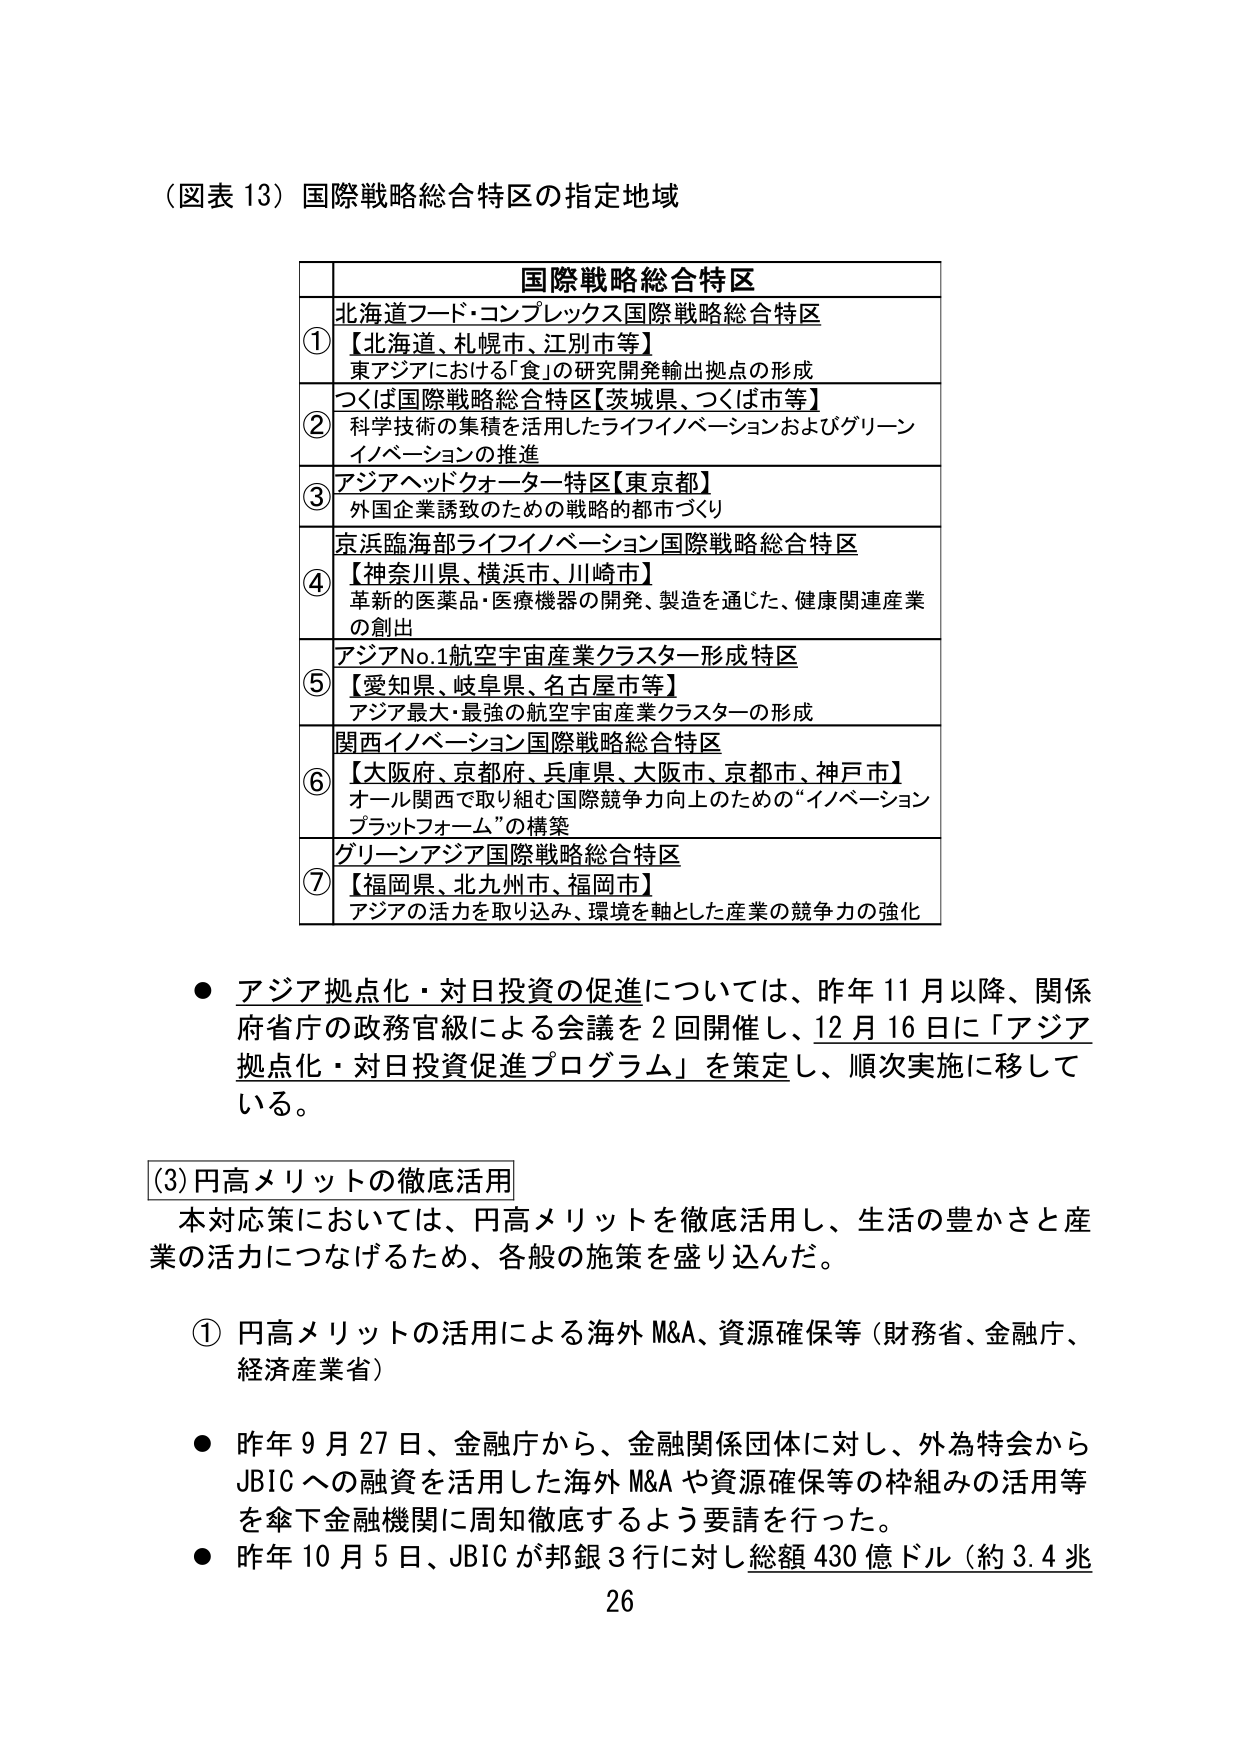
（図表 13）国際戦略総合特区の指定地域

国際戦略総合特区
① 北海道フード・コンプレックス国際戦略総合特区
【北海道、札幌市、江別市等】
東アジアにおける「食」の研究開発輸出拠点の形成

② つくば国際戦略総合特区【茨城県、つくば市等】
科学技術の集積を活用したライフイノベーションおよびグリーン
イノベーションの推進

③ アジアヘッドクォーター特区【東京都】
外国企業誘致のための戦略的都市づくり

④ 京浜臨海部ライフイノベーション国際戦略総合特区
【神奈川県、横浜市、川崎市】
革新的医薬品・医療機器の開発、製造を通じた、健康関連産業
の創出

⑤ アジアNo.1航空宇宙産業クラスター形成特区
【愛知県、岐阜県、名古屋市等】
アジア最大・最強の航空宇宙産業クラスターの形成

⑥ 関西イノベーション国際戦略総合特区
【大阪府、京都府、兵庫県、大阪市、京都市、神戸市】
オール関西で取り組む国際競争力向上のための“イノベーション
プラットフォーム”の構築

⑦ グリーンアジア国際戦略総合特区
【福岡県、北九州市、福岡市】
アジアの活力を取り込み、環境を軸とした産業の競争力の強化

● アジア拠点化・対日投資の促進については、昨年11月以降、関係
府省庁の政務官級による会議を2回開催し、12月16日に「アジア
拠点化・対日投資促進プログラム」を策定し、順次実施に移して
いる。

(3) 円高メリットの徹底活用
本対応策においては、円高メリットを徹底活用し、生活の豊かさと産
業の活力につなげるため、各般の施策を盛り込んだ。

① 円高メリットの活用による海外M&A、資源確保等（財務省、金融庁、
経済産業省）

● 昨年9月27日、金融庁から、金融関係団体に対し、外為特会から
JBICへの融資を活用した海外M&Aや資源確保等の枠組みの活用等
を傘下金融機関に周知徹底するよう要請を行った。
● 昨年10月5日、JBICが邦銀3行に対し総額430億ドル（約3.4兆

26